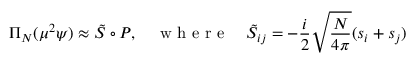
\Pi _ { N } ( \mu ^ { 2 } \psi ) \approx \Tilde { S } \circ P , \quad \mathrm { ~ w ~ h ~ e ~ r ~ e ~ } \quad \Tilde { S } _ { i j } = - \frac { i } { 2 } \sqrt { \frac { N } { 4 \pi } } ( s _ { i } + s _ { j } )